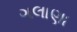
ગલાણા